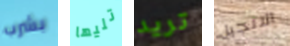
بشرب تليها تريد الانجيل